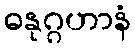
ဓနုဂ္ဂဟာနံ